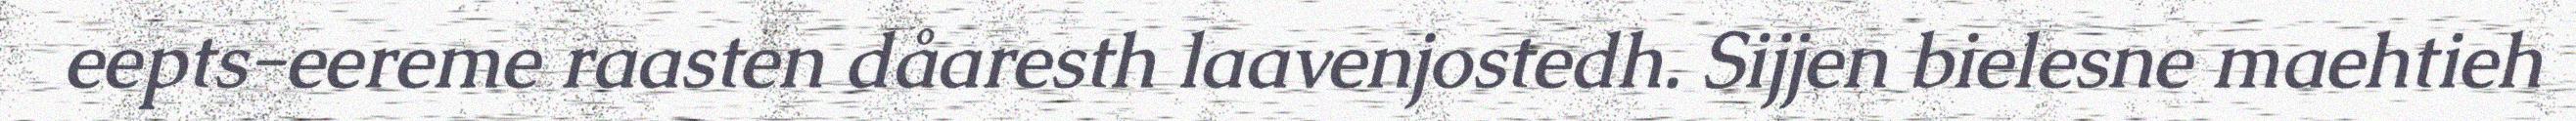
eepts-eereme raasten dåaresth laavenjostedh. Sijjen bielesne maehtieh